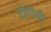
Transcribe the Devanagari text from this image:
टोगोची